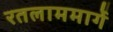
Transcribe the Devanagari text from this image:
रतलाममार्गे